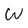
Character: W